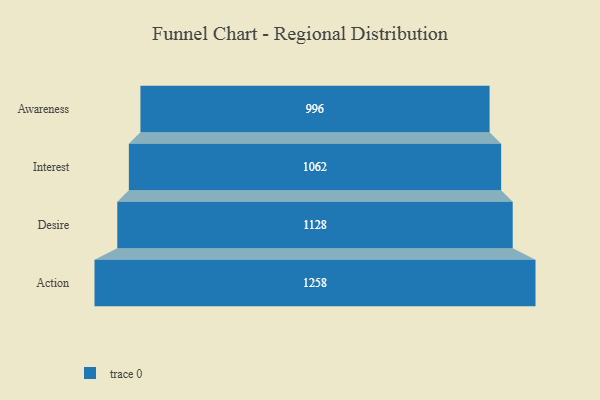
{"axis": {"x": "Stage", "y": "Value"}, "legend": [""], "data": [{"x": "Awareness", "y": 996.0, "type": ""}, {"x": "Interest", "y": 1062.0, "type": ""}, {"x": "Desire", "y": 1128.0, "type": ""}, {"x": "Action", "y": 1258.0, "type": ""}]}